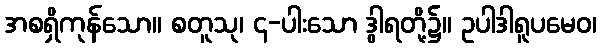
အစရှိကုန်သော။ စတူသု၊ ၄-ပါးသော ဒွါရတို့၌။ ဥပါဒါရူပမေဝ၊